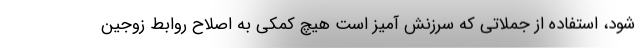
شود، استفاده از جملاتی که سرزنش آمیز است هیچ کمکی به اصلاح روابط زوجین